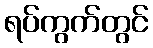
ရပ်ကွက်တွင်